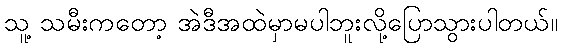
သူ့ သမီးကတော့ အဲဒီအထဲမှာမပါဘူးလို့ပြောသွားပါတယ်။